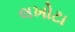
લખોટા